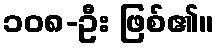
၁၀၈-ဦး ဖြစ်၏။